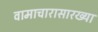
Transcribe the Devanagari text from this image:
वामाचारासारख्या